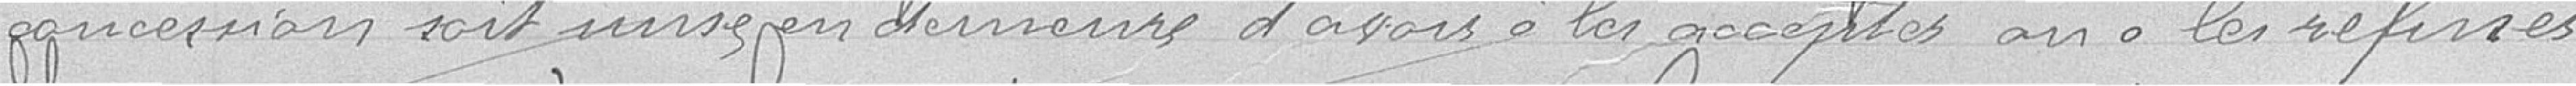
concession soit mise en demeure d'avoir à les accepter ou à les refuser.